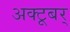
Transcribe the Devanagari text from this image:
अक्टूबर्